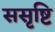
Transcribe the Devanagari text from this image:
ससृष्टि